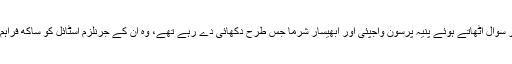
لیکن اسکرین پر سوال اٹھاتے ہوئے پنیہ پرسون واجپئی اور ابھیسار شرما جس طرح دکھائی دے رہے تھے، وہ ان کے جرنلزم اسٹائل کو ساکھ فراہم کر رہے تھے۔